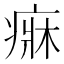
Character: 𤷲